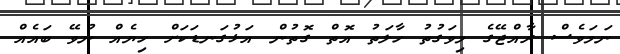
ނަމަވެސް ރާއްޖޭގެ މިވަގުތު ހާލަތު އޮތް ގޮތުން އަޅުގަނޑަކަށް ހިޔެއް ނުވޭ ބައެއް